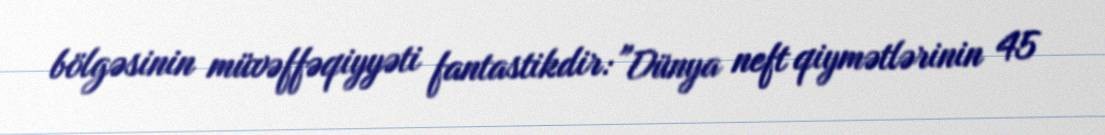
bölgəsinin müvəffəqiyyəti fantastikdir: "Dünya neft qiymətlərinin 45